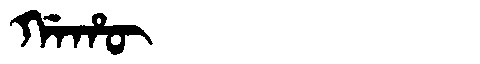
Manchu: ᡤᠠᡥᡡ
Romanization: GAHŪ